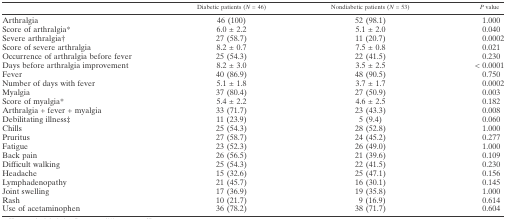
<table><thead><tr><td>[EMPTY_CELL]</td><td><b>Diabetic patients (<i>N</i> = 46)</b></td><td><b>Nondiabetic patients (<i>N</i> = 53)</b></td><td><b><i>P</i> value</b></td></tr></thead><tbody><tr><td>Arthralgia</td><td>46 (100)</td><td>52 (98.1)</td><td>1.000</td></tr><tr><td>Score of arthralgia*</td><td>6.0 ± 2.2</td><td>5.1 ± 2.0</td><td>0.040</td></tr><tr><td>Severe arthralgia†</td><td>27 (58.7)</td><td>11 (20.7)</td><td>0.0002</td></tr><tr><td>Score of severe arthralgia</td><td>8.2 ± 0.7</td><td>7.5 ± 0.8</td><td>0.021</td></tr><tr><td>Occurrence of arthralgia before fever</td><td>25 (54.3)</td><td>22 (41.5)</td><td>0.230</td></tr><tr><td>Days before arthralgia improvement</td><td>8.2 ± 3.0</td><td>3.5 ± 2.5</td><td>&lt; 0.0001</td></tr><tr><td>Fever</td><td>40 (86.9)</td><td>48 (90.5)</td><td>0.750</td></tr><tr><td>Number of days with fever</td><td>5.1 ± 1.8</td><td>3.7 ± 1.7</td><td>0.0002</td></tr><tr><td>Myalgia</td><td>37 (80.4)</td><td>27 (50.9)</td><td>0.003</td></tr><tr><td>Score of myalgia*</td><td>5.4 ± 2.2</td><td>4.6 ± 2.5</td><td>0.182</td></tr><tr><td>Arthralgia + fever + myalgia</td><td>33 (71.7)</td><td>23 (43.3)</td><td>0.008</td></tr><tr><td>Debilitating illness‡</td><td>11 (23.9)</td><td>5 (9.4)</td><td>0.060</td></tr><tr><td>Chills</td><td>25 (54.3)</td><td>28 (52.8)</td><td>1.000</td></tr><tr><td>Pruritus</td><td>27 (58.7)</td><td>24 (45.2)</td><td>0.277</td></tr><tr><td>Fatigue</td><td>23 (52.3)</td><td>26 (49.0)</td><td>1.000</td></tr><tr><td>Back pain</td><td>26 (56.5)</td><td>21 (39.6)</td><td>0.109</td></tr><tr><td>Difficult walking</td><td>25 (54.3)</td><td>22 (41.5)</td><td>0.230</td></tr><tr><td>Headache</td><td>15 (32.6)</td><td>25 (47.1)</td><td>0.156</td></tr><tr><td>Lymphadenopathy</td><td>21 (45.7)</td><td>16 (30.1)</td><td>0.145</td></tr><tr><td>Joint swelling</td><td>17 (36.9)</td><td>19 (35.8)</td><td>1.000</td></tr><tr><td>Rash</td><td>10 (21.7)</td><td>9 (16.9)</td><td>0.614</td></tr><tr><td>Use of acetaminophen</td><td>36 (78.2)</td><td>38 (71.7)</td><td>0.604</td></tr></tbody></table>